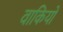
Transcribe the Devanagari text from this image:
वाकियो